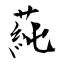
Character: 蒓